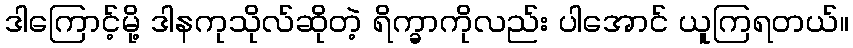
ဒါကြောင့်မို့ ဒါနကုသိုလ်ဆိုတဲ့ ရိက္ခာကိုလည်း ပါအောင် ယူကြရတယ်။